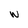
Character: w